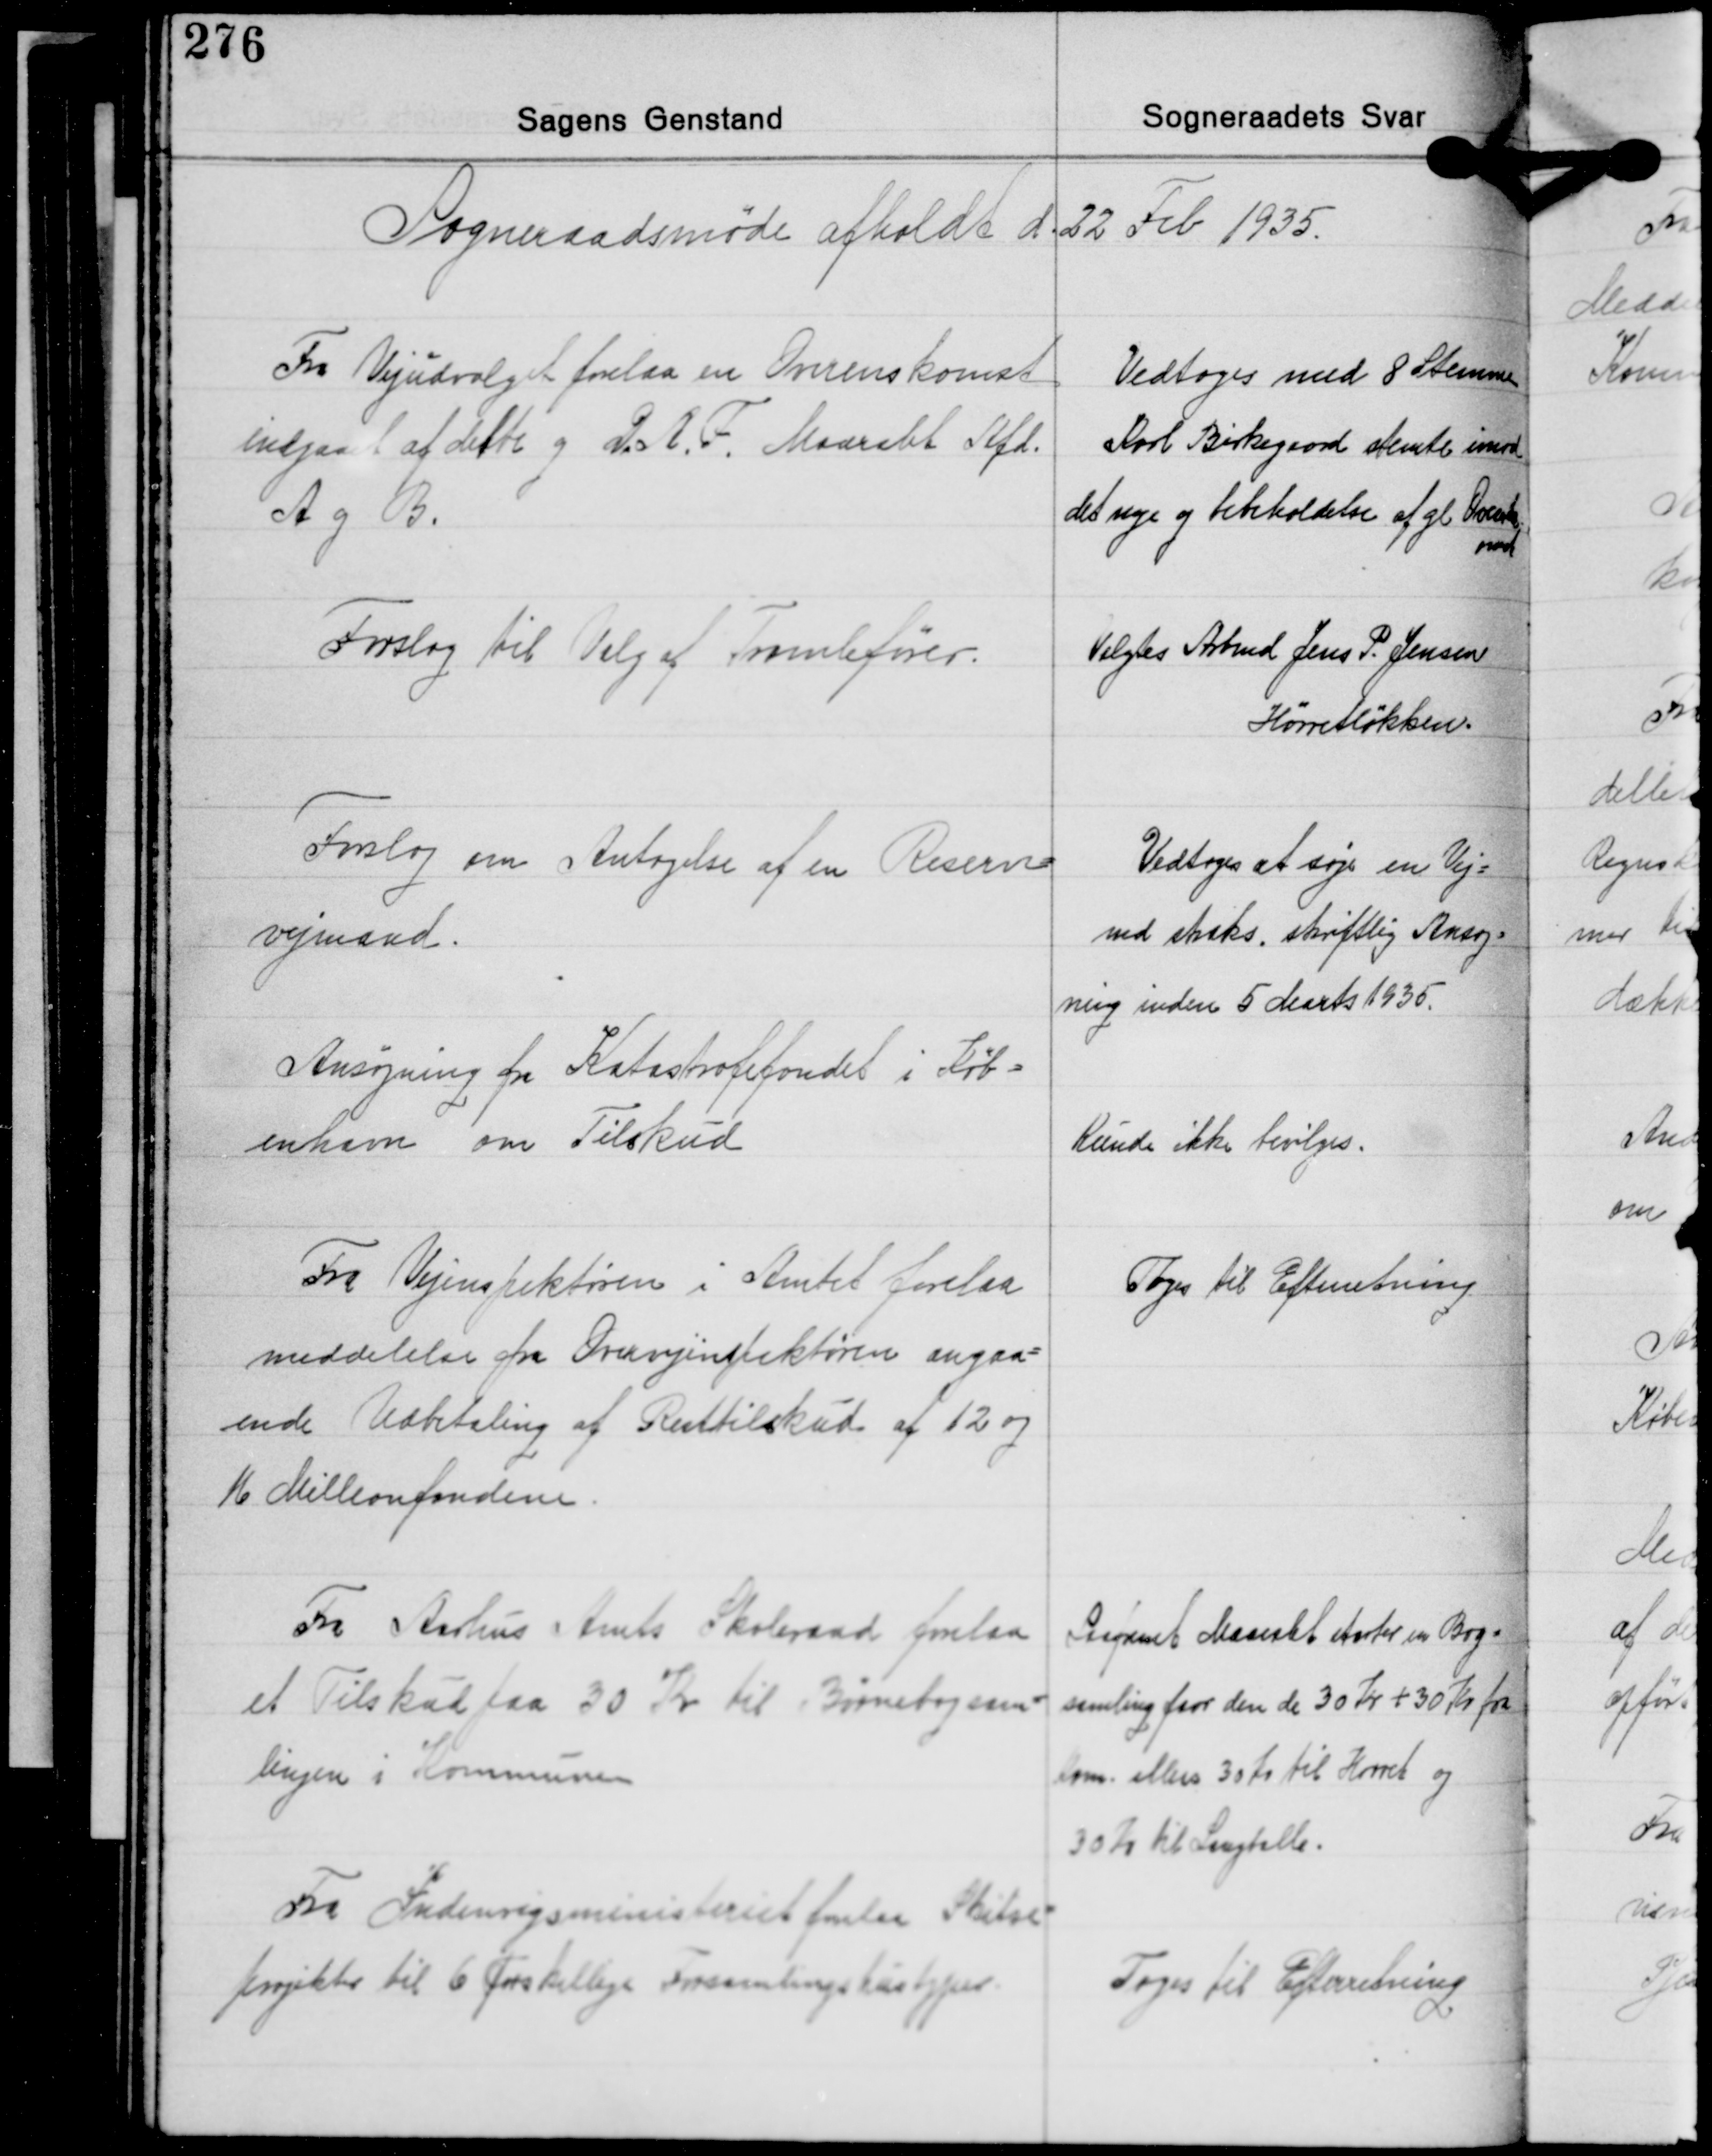
Transskription:
Sogneraadsmøde afholdt d. 32 Feb. 1935.

Fra Vejudvalget forelaa en Overenskomst
indgaaet af dette og D.A.F. Maarslet Afd.
A og B.

Vedtoges med 8 Stemmer
Karl Birkegaard stemte imod
det nye og bibeholdelse af gl. Overensk.
med

Forslag til Valg af Tromlefører.

Valgtes Arbmd. Jens P. Jensen
Hørretløkken.

Forslag om Antagelse af en Reserve
vejmand.

Vedtoges at søge en Vej-
md. staks, skriftlig Ansøg-
ning inden 5 Marts 1935.

Ansøgning fra Katastrofefondet i Køb-
enhavn om Tilskud

Kunde ikke bevilges.

Fra Vejinspektøren i Amtet forelaa
meddelelse fra Overvejinspektøren angaa-
ende Udbetaling af Resttilskud af 12 og
16 Millionfondene.

Toges til Efterretning

Fra Aarhus Amts Skoleraad forelaa
et Tilskud paa 30 Kr. til Børnebogsam-
lingen i Kommunen

Saafremt Maarslet starter en Bog-
samling faar den de 30 Kr. + 30 Kr. fra
Kom. ellers 30 Kr. til Hørret og
30 Kr. til Langballe.

Fra Indenrigsministeriet forelaa Skitse-
projekter til 6 forskellige Forsamlingshustyper.

Toges til Efterretning